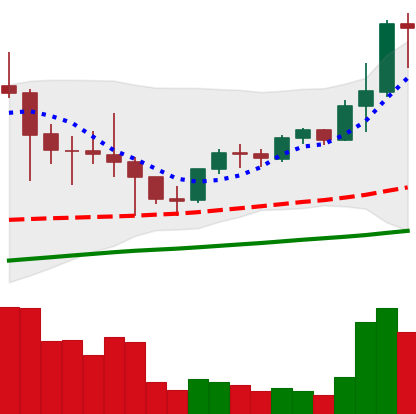
Ticker: LTC-USD
Chart end date: 2021-05-06
Forward return: 6.755%
Label: up_5_7